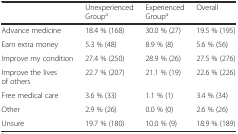
<table><thead><tr><td></td><td><b>Unexperienced Group<sup>a</sup></b></td><td><b>Experienced Group<sup>a</sup></b></td><td><b>Overall</b></td></tr></thead><tbody><tr><td>Advance medicine</td><td>18.4 % (168)</td><td>30.0 % (27)</td><td>19.5 % (195)</td></tr><tr><td>Earn extra money</td><td>5.3 % (48)</td><td>8.9 % (8)</td><td>5.6 % (56)</td></tr><tr><td>Improve my condition</td><td>27.4 % (250)</td><td>28.9 % (26)</td><td>27.5 % (276)</td></tr><tr><td>Improve the lives of others</td><td>22.7 % (207)</td><td>21.1 % (19)</td><td>22.6 % (226)</td></tr><tr><td>Free medical care</td><td>3.6 % (33)</td><td>1.1 % (1)</td><td>3.4 % (34)</td></tr><tr><td>Other</td><td>2.9 % (26)</td><td>0.0 % (0)</td><td>2.6 % (26)</td></tr><tr><td>Unsure</td><td>19.7 % (180)</td><td>10.0 % (9)</td><td>18.9 % (189)</td></tr></tbody></table>